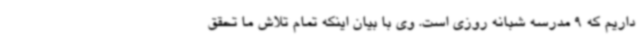
داریم که 9 مدرسه شبانه روزی است. وی با بیان اینکه تمام تلاش ما تحقق